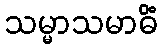
သမ္မာသမာဓိံ